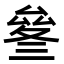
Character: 𠬄